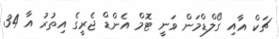
ޗަކް އާއި ގޯލްޑްމަން ވަނީ ޓޮމް އެންޑް ޖެރީގެ އިތުރު އާ 34